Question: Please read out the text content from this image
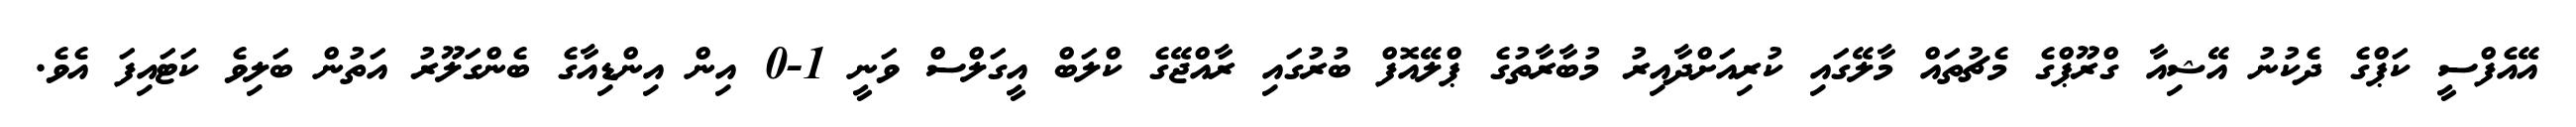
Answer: އޭއެފްސީ ކަޕްގެ ދެކުނު އޭޝިއާ ގްރޫޕްގެ މެޗުތައް މާލޭގައި ކުރިއަށްދާއިރު މުބާރާތުގެ ޕްލޭއޮފް ބުރުގައި ރާއްޖޭގެ ކްލަބް އީގަލްސް ވަނީ 1-0 އިން އިންޑިއާގެ ބެންގަލޫރު އަތުން ބަލިވެ ކަޓައިފަ އެވެ.